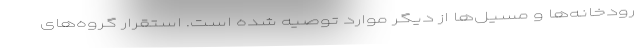
رودخانه‌ها و مسیل‌ها از دیگر موارد توصیه شده است. استقرار گروه‌های